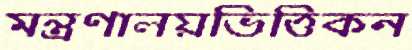
মন্ত্রণালয়ভিত্তিকন